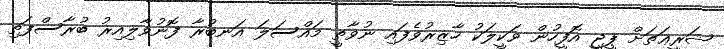
ޝަރީޢަތަށް ޕީޖީ އޮފީހުން ވަކީލަކު ހާޒިރުވެފައި ނުވާތީ މައްސަލަ އަނބުރާ ފޮނުވާލިއިރު ބުރާސްފަތި